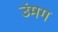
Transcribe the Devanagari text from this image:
उंमग